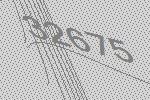
32675